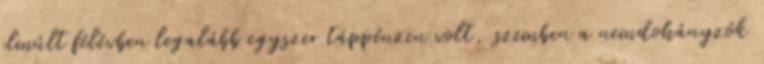
elmúlt félévben legalább egyszer táppénzen volt, szemben a nemdohányzók